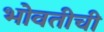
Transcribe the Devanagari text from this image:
भोवतीची